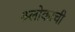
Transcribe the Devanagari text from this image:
श्र्लोकांची